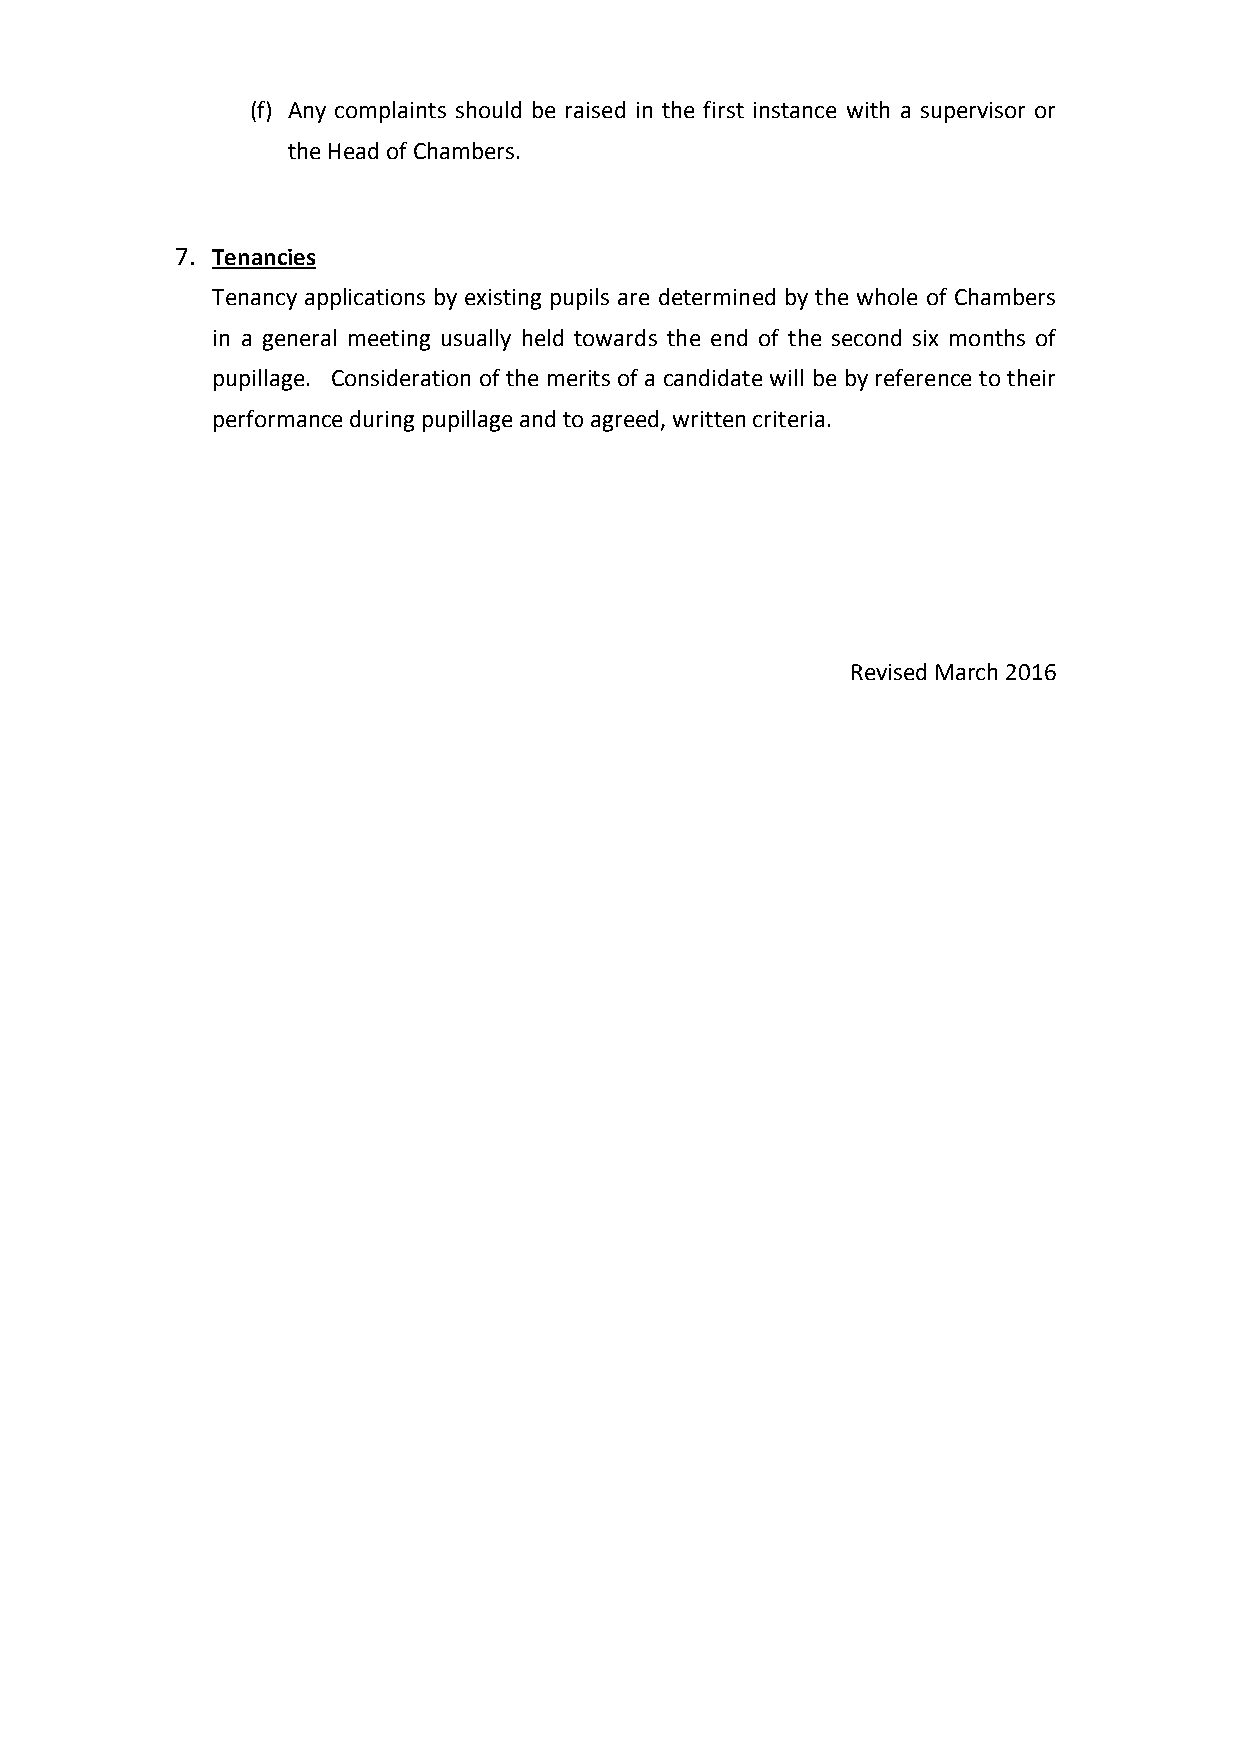
(f) Any complaints should be raised in the first instance with a supervisor or
 the Head of Chambers.
 7. Tenancies
 Tenancy applications by existing pupils are determined by the whole of Chambers
 in a general meeting usually held towards the end of the second six months of
 pupillage. Consideration of the merits of a candidate will be by reference to their
 performance during pupillage and to agreed, written criteria.
 Revised March 2016